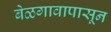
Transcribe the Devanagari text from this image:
बेळगावापासून